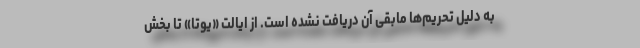
به دلیل تحریم‌ها مابقی آن دریافت نشده است. از ایالت «یوتا» تا بخش